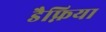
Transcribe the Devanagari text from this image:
डैफ्निया